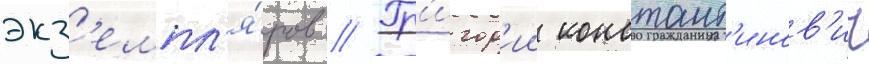
экз'емпл'я́ров // Гр'игор'ии констант'инов'ич